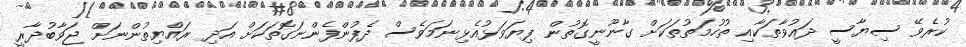
ކުރެވޭ ސިޔާސީ ދައުވާތަކާއި ތުހުމަތުތަކަށް ގާނޫނީގޮތުން ފިޔަވަޅުއެޅިނަމަވެސް ދެފުންފެންނަގޮތަކަށް އަދި ރައްޔިތުންނަށް ޖަވާބުދާރީ